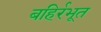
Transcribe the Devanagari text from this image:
बहिर्रभूत